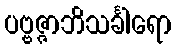
ပဗ္ဗဇ္ဇာဘိသင်္ခါရော